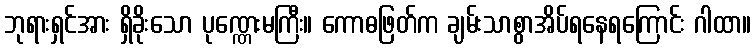
ဘုရားရှင်အား ရှိခိုးသော ပုဏ္ဏေးမကြီး။ ကောဓဖြတ်က ချမ်းသာစွာအိပ်ရနေရကြောင်း ဂါထာ။